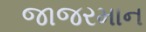
જાજરમાન